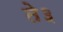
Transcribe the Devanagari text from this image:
ते३